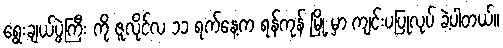
ရွေးချယ်ပွဲကြီး ကို ဇူလိုင်လ ၁၁ ရက်နေ့က ရန်ကုန် မြို့ မှာ ကျင်းပပြုလုပ် ခဲ့ပါတယ်။